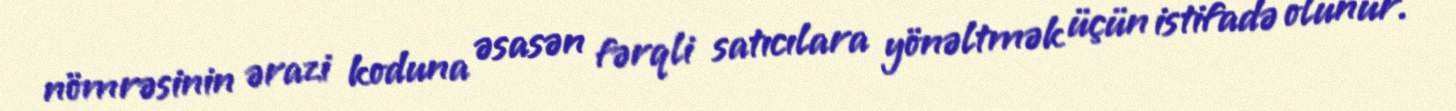
nömrəsinin ərazi koduna əsasən fərqli satıcılara yönəltmək üçün istifadə olunur.